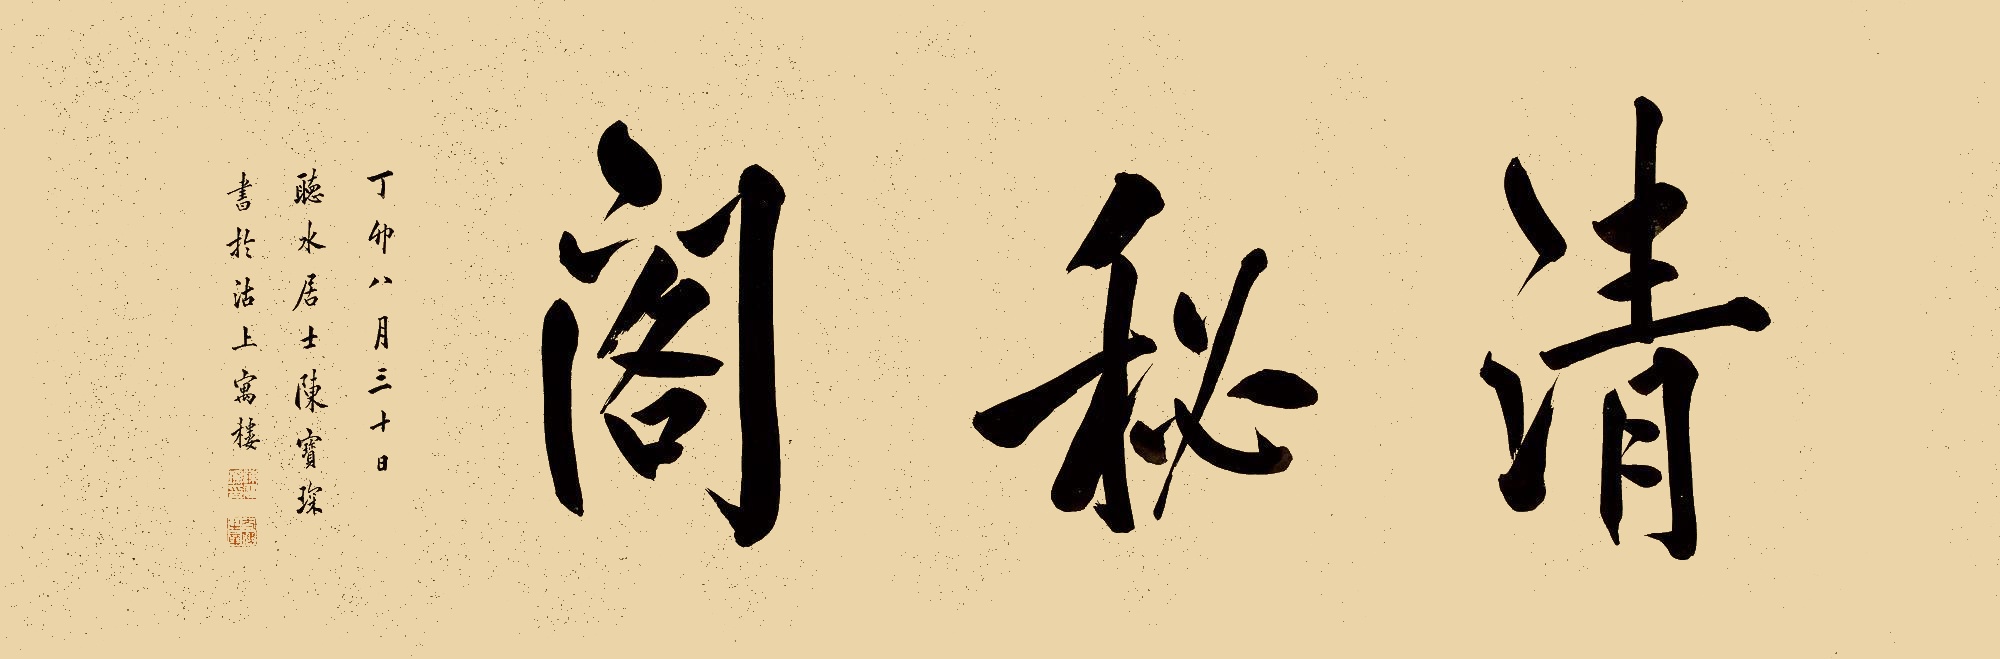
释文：清秘阁。丁卯八月三十日，听水居士陈宝琛书于沽上寓楼。